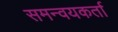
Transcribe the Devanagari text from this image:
समन्वयकर्ता